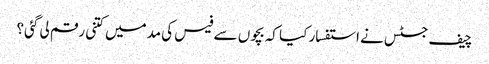
چیف جسٹس نے استفسار کیا کہ بچوں سے فیس کی مدمیں کتنی رقم لی گئی؟